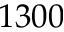
1 3 0 0